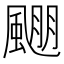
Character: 𱃅